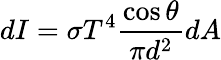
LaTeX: dI=\sigma T^{4}{\frac{\cos\theta}{\pi d^{2}}}dA